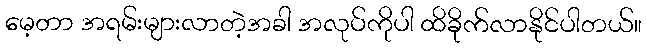
မေ့တာ အရမ်းများလာတဲ့အခါ အလုပ်ကိုပါ ထိခိုက်လာနိုင်ပါတယ်။